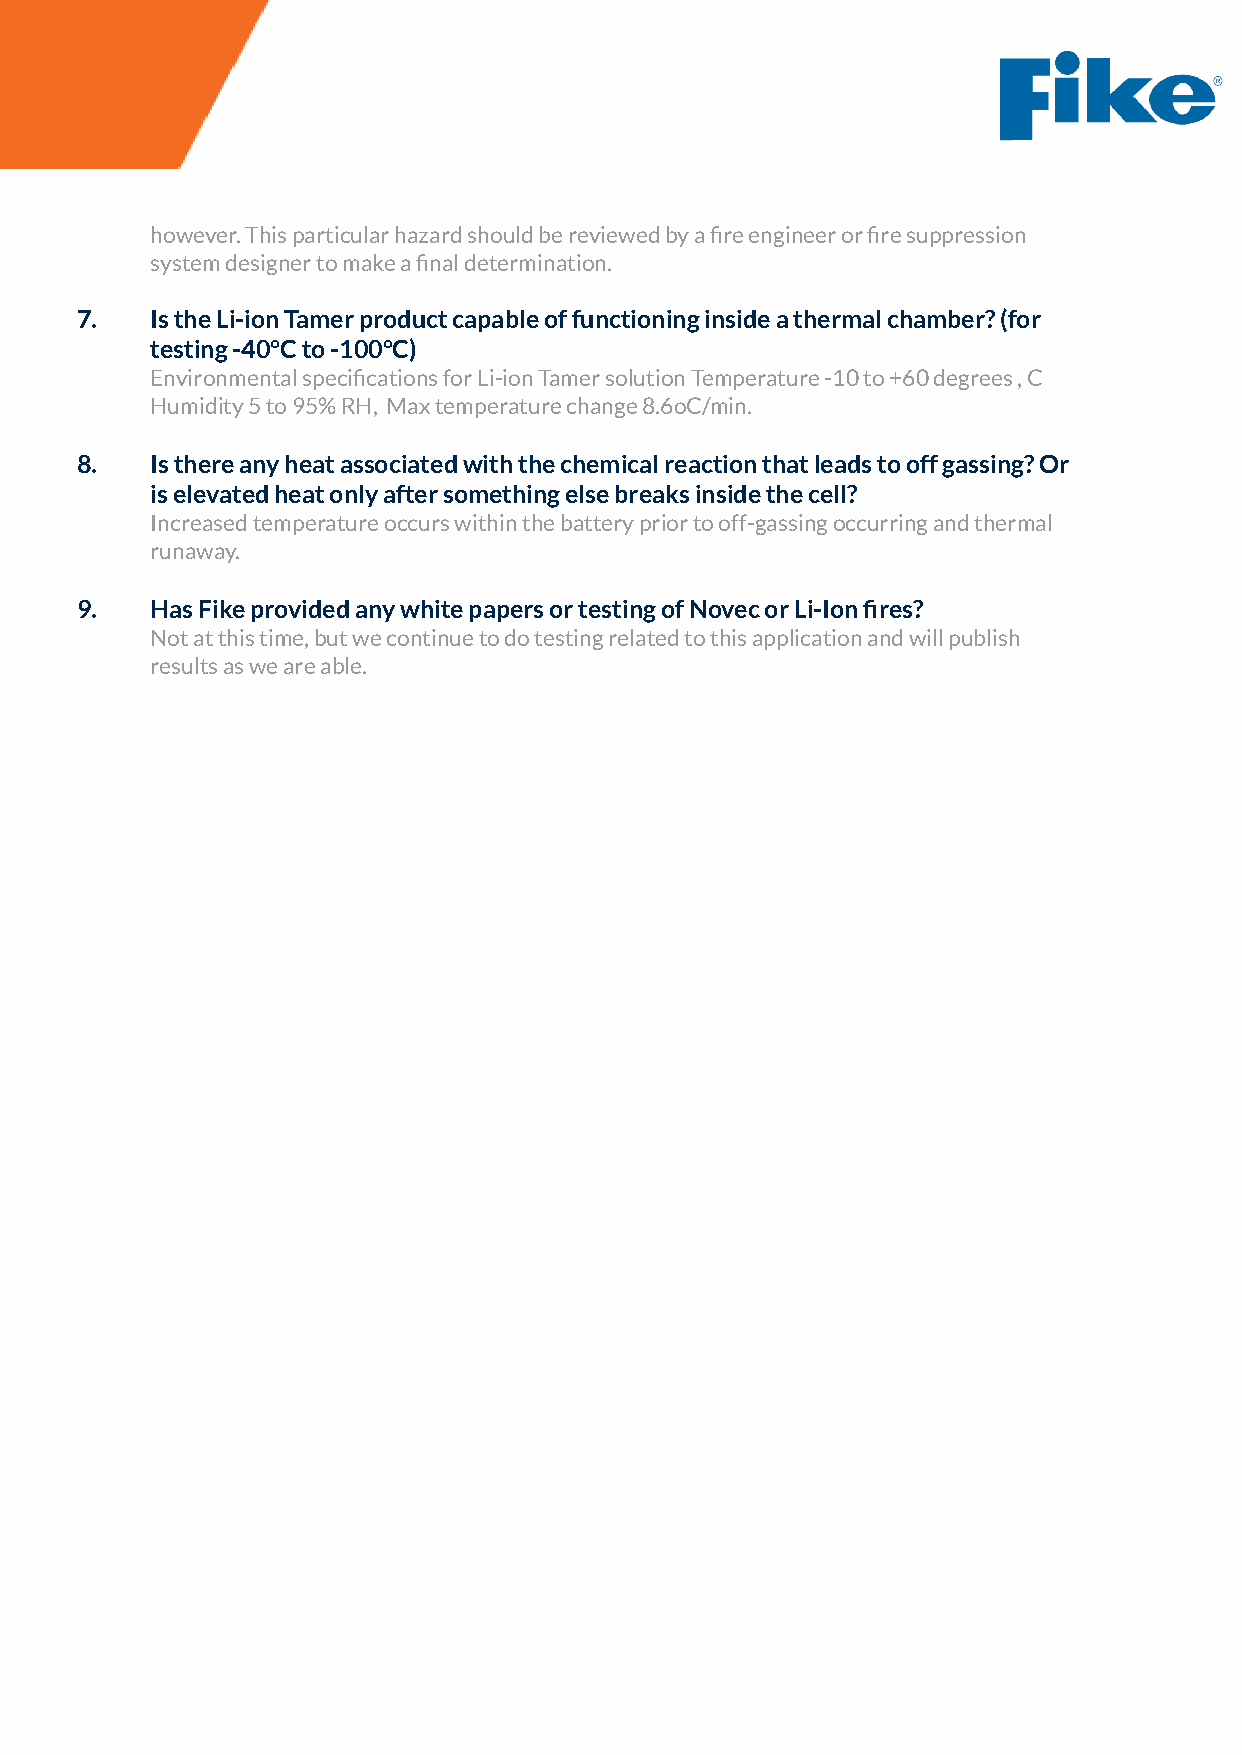
however. This particular hazard should be reviewed by a fire engineer or fire suppression
 system designer to make a final determination.
 7.   Is the Li-ion Tamer product capable of functioninginside a thermal chamber? (for
 testing -40°C to -100°C)
 Environmental specifications for Li-ion Tamer solutionTemperature -10 to +60 degrees , C
 Humidity 5 to 95% RH, Max temperature change 8.6oC/min.
 8.   Is there any heat associated with the chemical reactionthat leads to off gassing? Or
 is elevated heat only after something else breaksinside the cell?
 Increased temperature occurs within the battery priorto off-gassing occurring and thermal
 runaway.
 9.   Has Fike provided any white papers or testing of Novecor Li-Ion fires?
 Not at this time, but we continue to do testing relatedto this application and will publish
 results as we are able.